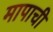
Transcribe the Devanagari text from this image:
मापाची